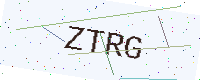
Text: ZTRG